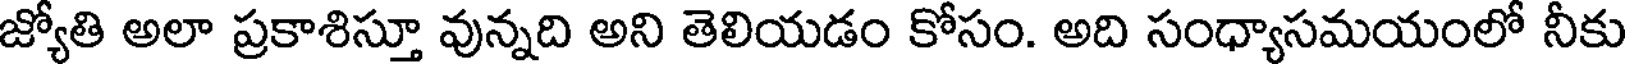
జ్యోతి అలా ప్రకాశిస్తూ వున్నది అని తెలియడం కోసం. అది సంధ్యాసమయంలో నీకు